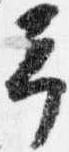
予